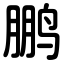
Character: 鹏